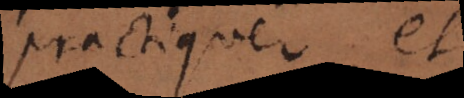
practiquer, et